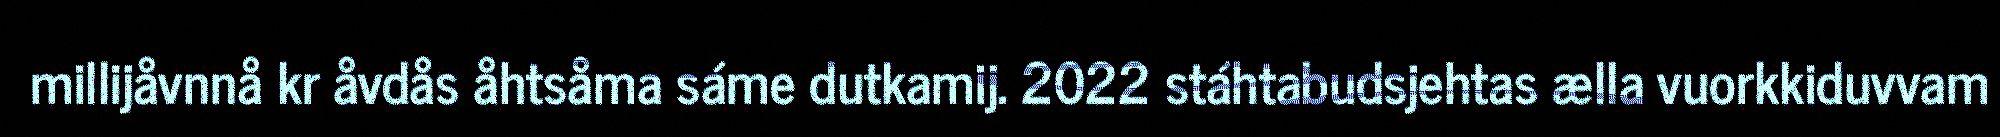
millijåvnnå kr åvdås åhtsåma sáme dutkamij. 2022 stáhtabudsjehtas ælla vuorkkiduvvam